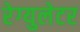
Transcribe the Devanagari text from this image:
रेग्‍युलेटर